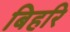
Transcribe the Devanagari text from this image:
बिहरि